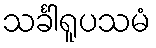
သင်္ခါရူပသမံ